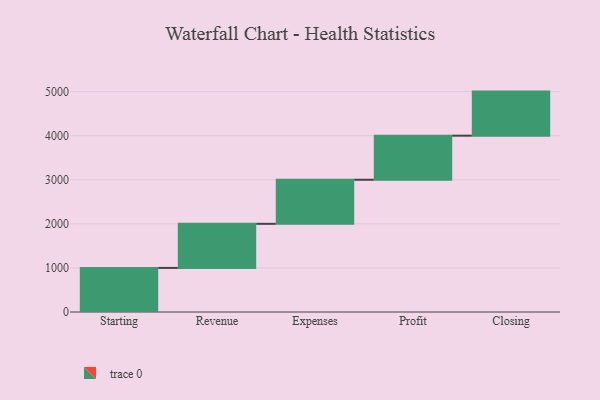
{"axis": {"x": "Step", "y": "Value"}, "legend": [""], "data": [{"x": "Starting", "y": 1000, "type": ""}, {"x": "Revenue", "y": 1000, "type": ""}, {"x": "Expenses", "y": 1000, "type": ""}, {"x": "Profit", "y": 1000, "type": ""}, {"x": "Closing", "y": 1000, "type": ""}]}